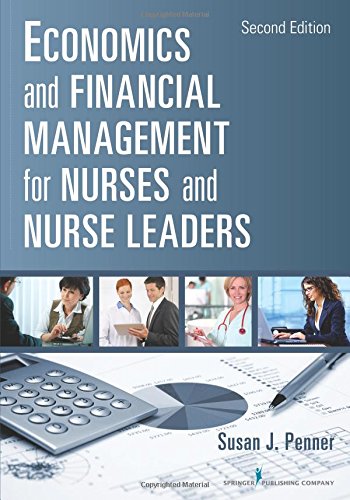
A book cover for Economics and Financial Management for Nurses and Nurse Leaders: Second Edition; Susan J. Penner RN  MN  MPA  DrPH  CNL; Medical Books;